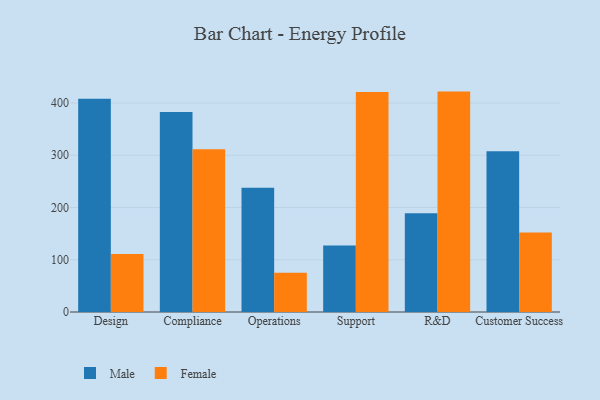
{"axis": {"x": "Department", "y": "Headcount"}, "legend": ["Female", "Male"], "data": [{"x": "Design", "y": 408.3, "type": "Male"}, {"x": "Design", "y": 111.2, "type": "Female"}, {"x": "Compliance", "y": 382.9, "type": "Male"}, {"x": "Compliance", "y": 311.4, "type": "Female"}, {"x": "Operations", "y": 237.9, "type": "Male"}, {"x": "Operations", "y": 75.1, "type": "Female"}, {"x": "Support", "y": 127.4, "type": "Male"}, {"x": "Support", "y": 421.1, "type": "Female"}, {"x": "R&D", "y": 188.8, "type": "Male"}, {"x": "R&D", "y": 421.9, "type": "Female"}, {"x": "Customer Success", "y": 307.8, "type": "Male"}, {"x": "Customer Success", "y": 152.0, "type": "Female"}]}